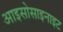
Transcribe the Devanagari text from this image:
आइसोसाइनाइट